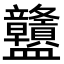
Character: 䀍